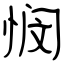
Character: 悯